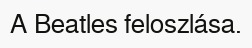
A Beatles feloszlása.